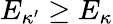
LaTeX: E_{\kappa^{\prime}}\geq E_{\kappa}